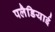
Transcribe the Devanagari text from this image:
पलैडियाई